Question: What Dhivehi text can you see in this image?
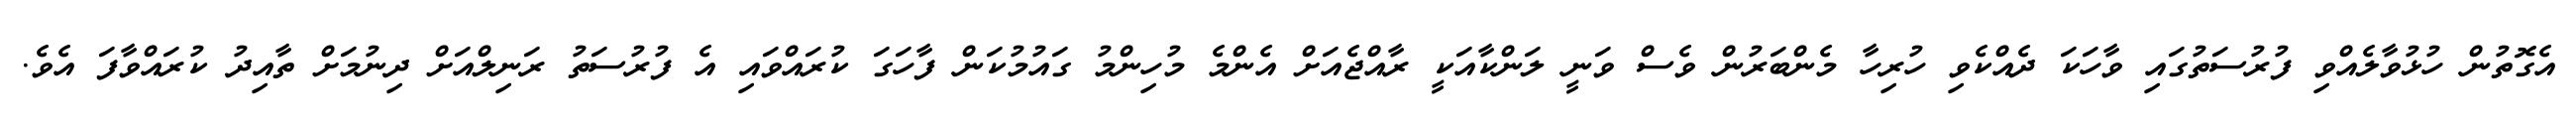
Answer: އެގޮތުން ހުޅުވާލެއްވި ފުރުސަތުގައި ވާހަކަ ދެއްކެވި ހުރިހާ މެންބަރުން ވެސް ވަނީ ލަންކާއަކީ ރާއްޖެއަށް އެންމެ މުހިންމު ގައުމުކަން ފާހަގަ ކުރައްވައި އެ ފުރުސަތު ރަނިލްއަށް ދިނުމަށް ތާއިދު ކުރައްވާފަ އެވެ.